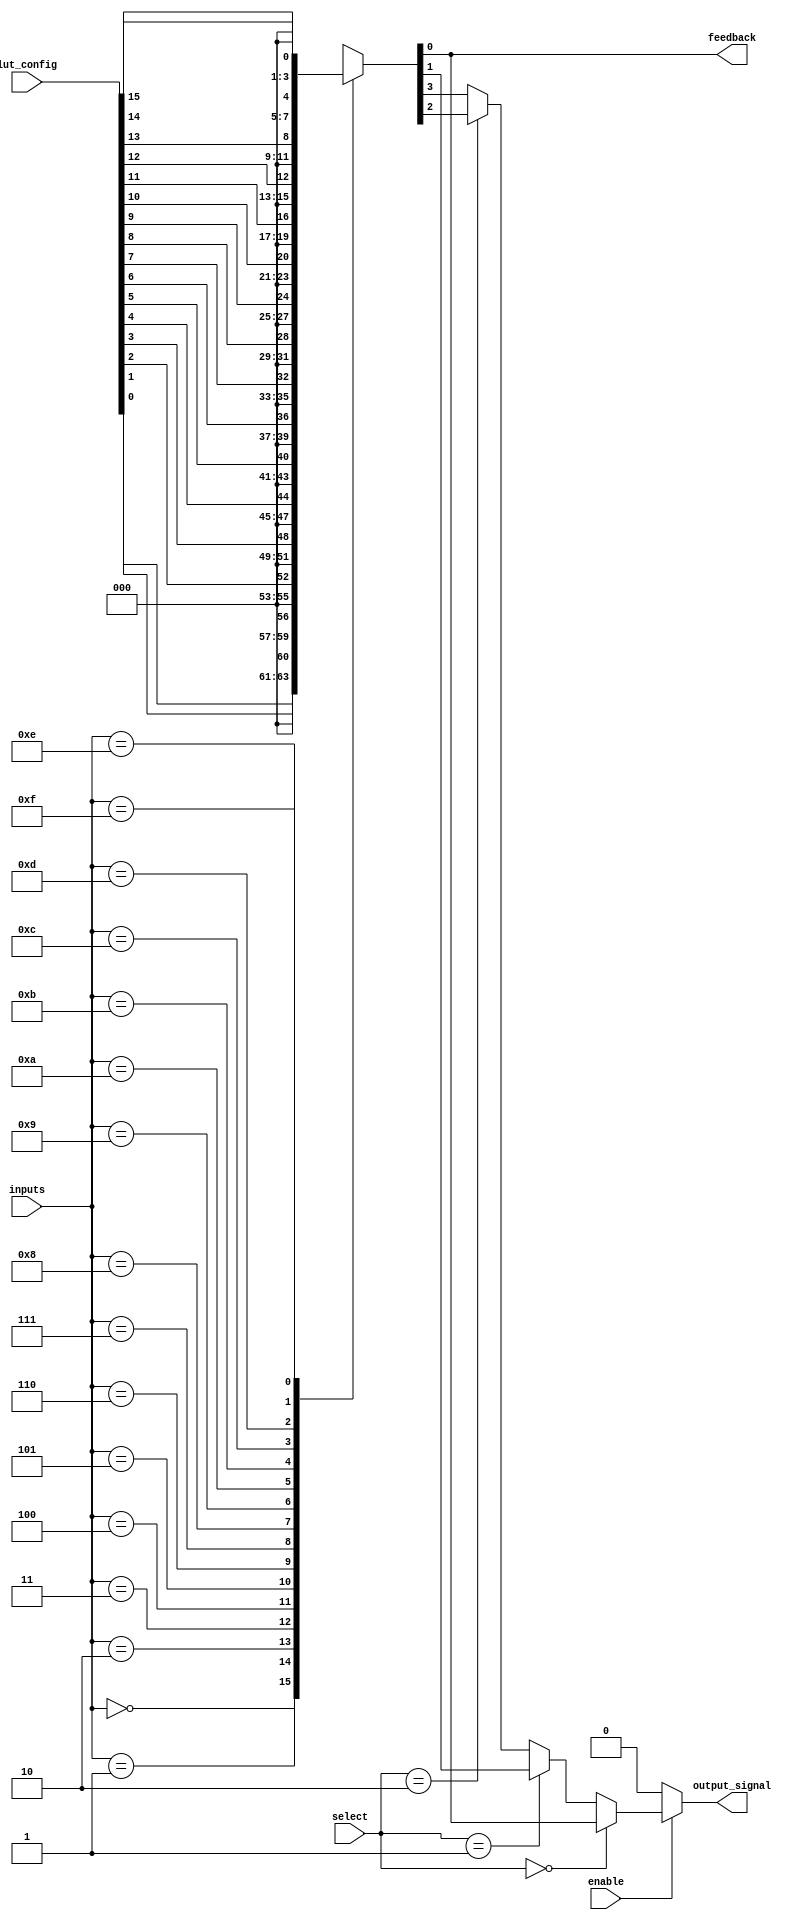
module CLB (
    input wire [3:0] inputs,        // 4 input signals
    input wire [1:0] select,        // 2-bit select signal for multiplexer
    input wire enable,               // Enable signal for output
    input wire [15:0] lut_config,    // Configuration for LUT (truth table)
    output wire output_signal,       // Output signal
    output wire feedback             // Feedback path
);

// Look-Up Table (LUT) implementation
reg [3:0] lut_output;

// LUT functionality: 4-input LUT with 16 possible configurations
always @(*) begin
    case (inputs)
        4'b0000: lut_output = lut_config[0];   // Output based on LUT configuration
        4'b0001: lut_output = lut_config[1];
        4'b0010: lut_output = lut_config[2];
        4'b0011: lut_output = lut_config[3];
        4'b0100: lut_output = lut_config[4];
        4'b0101: lut_output = lut_config[5];
        4'b0110: lut_output = lut_config[6];
        4'b0111: lut_output = lut_config[7];
        4'b1000: lut_output = lut_config[8];
        4'b1001: lut_output = lut_config[9];
        4'b1010: lut_output = lut_config[10];
        4'b1011: lut_output = lut_config[11];
        4'b1100: lut_output = lut_config[12];
        4'b1101: lut_output = lut_config[13];
        4'b1110: lut_output = lut_config[14];
        4'b1111: lut_output = lut_config[15];
        default: lut_output = 4'b0000; // Default case
    endcase
end

// Multiplexer to select output from LUT or feedback
assign output_signal = enable ? (select == 2'b00 ? lut_output[0] : 
                                  select == 2'b01 ? lut_output[1] : 
                                  select == 2'b10 ? lut_output[2] : 
                                  lut_output[3]) : 1'b0;

// Feedback path (for demonstration purposes, feedback is taken from LUT output)
assign feedback = lut_output[0]; // Feedback from the first LUT output

endmodule